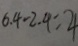
6 . 4 - 2 . 4 = 4